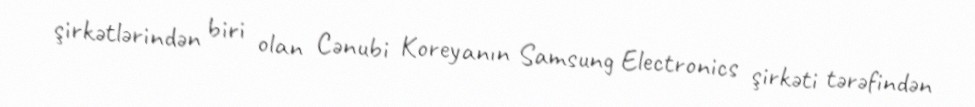
şirkətlərindən biri olan Cənubi Koreyanın Samsung Electronics şirkəti tərəfindən